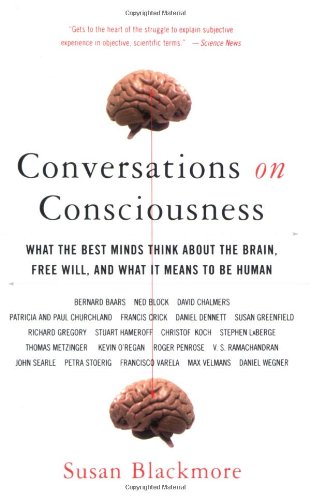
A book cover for Conversations on Consciousness: What the Best Minds Think about the Brain, Free Will, and What It Means to Be Human; Susan Blackmore; Politics & Social Sciences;